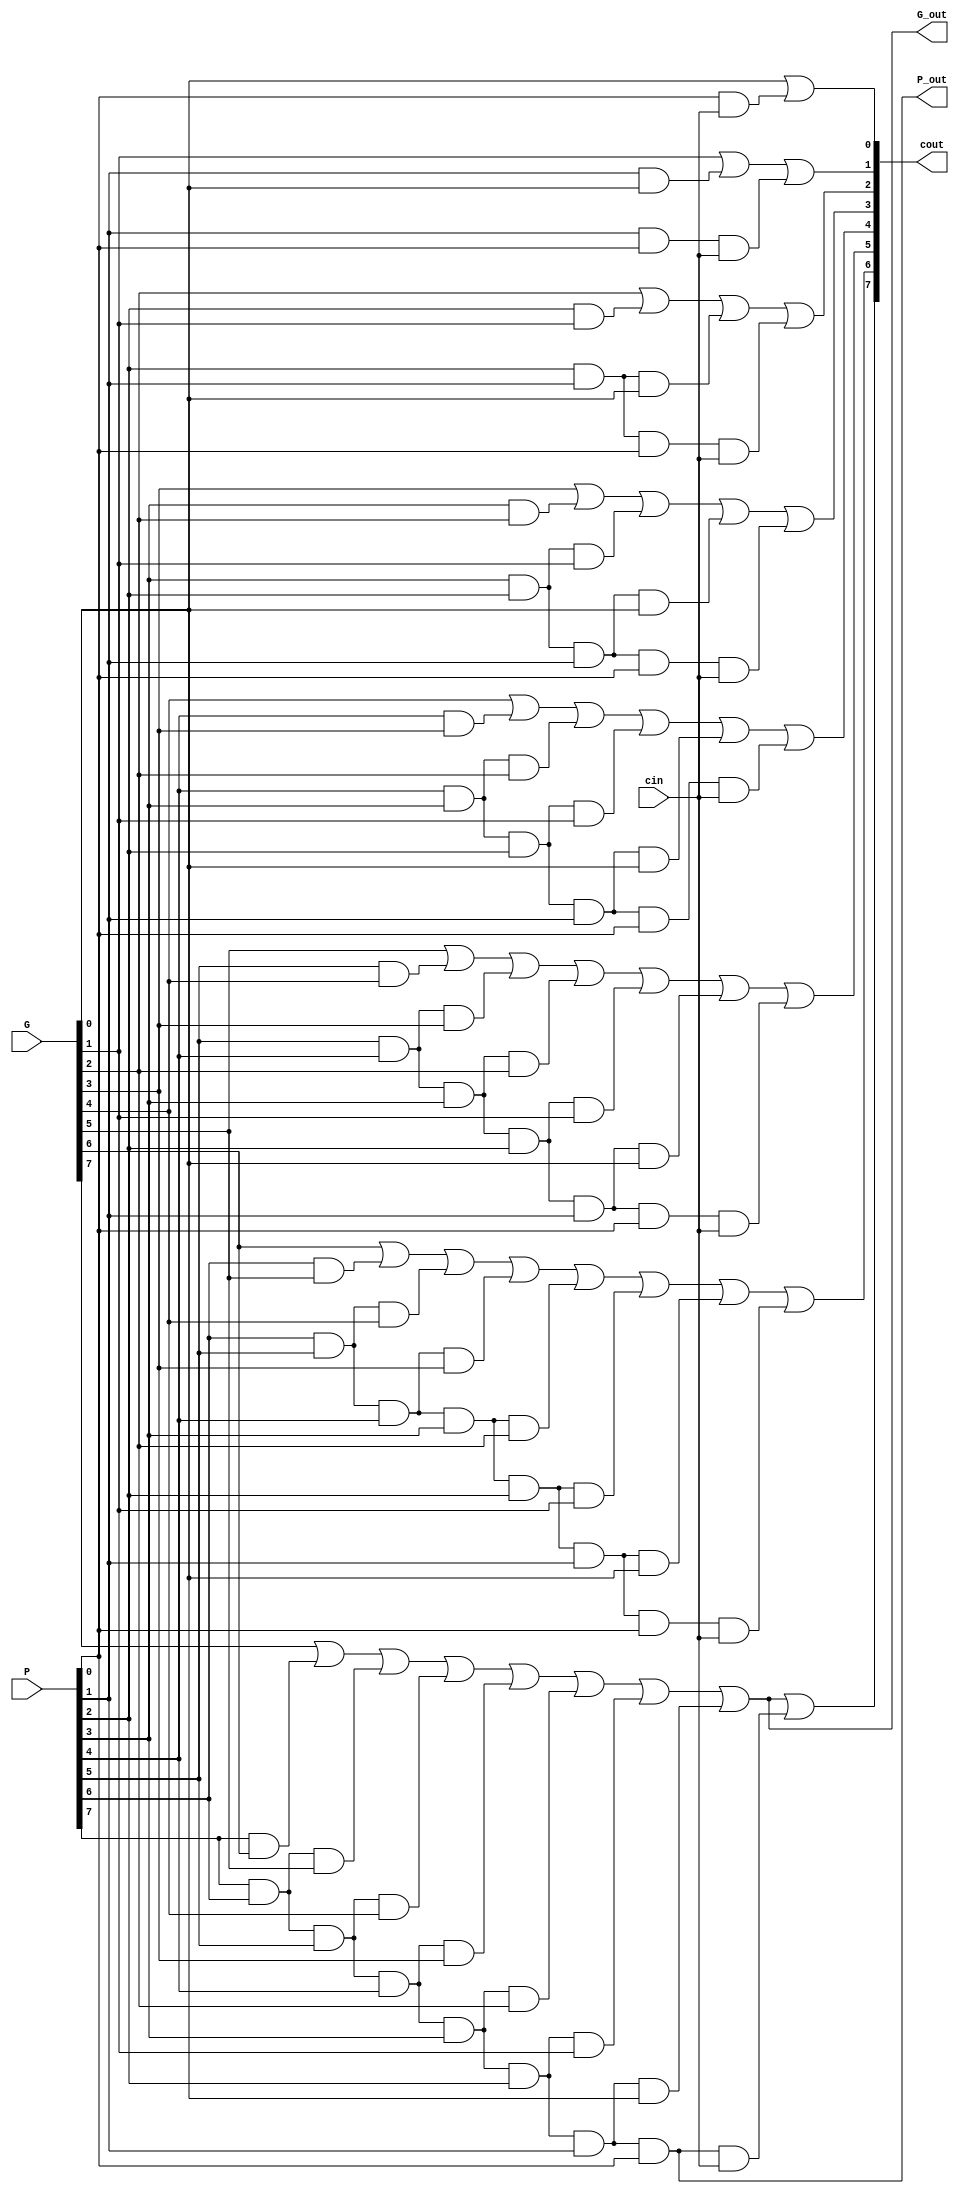

module CLA8bits(
    G,
    P,
    P_out,
    G_out,
    cin,
    cout,
);

input  [7:0] G,P;
input        cin;
output [7:0] cout;
wire         p_wire, g_wire;
output       P_out, G_out;
   
assign cout[0] = G[0] | (P[0] & cin);
assign cout[1] = G[1] | (P[1] & G[0]) | (P[1] & P[0] & cin);
assign cout[2] = G[2] | (P[2] & G[1]) | (P[2] & P[1] & G[0]) | (P[2] & P[1] & P[0] & cin);
assign cout[3] = G[3] | (P[3] & G[2]) | (P[3] & P[2] & G[1]) | (P[3] & P[2] & P[1] & G[0]) | (P[3] & P[2] & P[1] & P[0] & cin);
assign cout[4] = G[4] | (P[4] & G[3]) | (P[4] & P[3] & G[2]) | (P[4] & P[3] & P[2] & G[1]) | (P[4] & P[3] & P[2] & P[1] & G[0]) | (P[4] & P[3] & P[2] & P[1] & P[0] & cin);
assign cout[5] = G[5] | (P[5] & G[4]) | (P[5] & P[4] & G[3]) | (P[5] & P[4] & P[3] & G[2]) | (P[5] & P[4] & P[3] & P[2] & G[1]) | (P[5] & P[4] & P[3] & P[2] & P[1] & G[0]) | (P[5] & P[4] & P[3] & P[2] & P[1] & P[0] & cin);
assign cout[6] = G[6] | (P[6] & G[5]) | (P[6] & P[5] & G[4]) | (P[6] & P[5] & P[4] & G[3]) | (P[6] & P[5] & P[4] & P[3] & G[2]) | (P[6] & P[5] & P[4] & P[3] & P[2] & G[1]) | (P[6] & P[5] & P[4] & P[3] & P[2] & P[1] & G[0]) | (P[6] & P[5] & P[4] & P[3] & P[2] & P[1] & P[0] & cin);

assign g_wire = G[7] | (P[7] & G[6]) | (P[7] & P[6] & G[5]) | (P[7] & P[6] & P[5] & G[4]) | (P[7] & P[6] & P[5] & P[4] & G[3]) | (P[7] & P[6] & P[5] & P[4] & P[3] & G[2]) | (P[7] & P[6] & P[5] & P[4] & P[3] & P[2] & G[1]) | (P[7] & P[6] & P[5] & P[4] & P[3] & P[2] & P[1] & G[0]) ;
assign p_wire = P[7] & P[6] & P[5] & P[4] & P[3] & P[2] & P[1] & P[0];


assign cout[7] = g_wire | (p_wire & cin);
assign P_out = p_wire;
assign G_out = g_wire;
   
endmodule